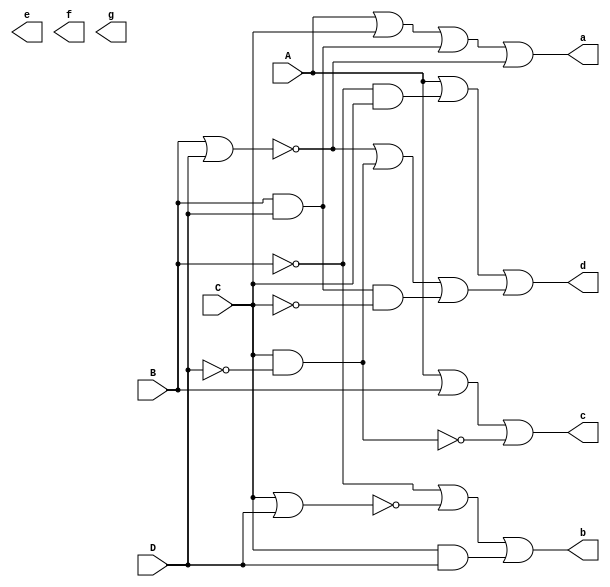
module segment (A,B,C,D,a,b,c,d,e,f,g);
input A,B,C,D;
output wire a,b,c,d,e,f,g;
wire orAC, andBD, norBD;
wire notB, norCD, andCD;
wire orAB, nandCnotD;
wire notnandCnotD, oute, notC, andnotBC, andBCD, num1, num2; 

// output a
assign orAC = A | C;
assign andBD = B & D;
assign norBD = ~(B | D);
assign a = (orAC | andBD | norBD);

// output b
assign notB = ~B;
assign norCD = ~(C | D);
assign andCD = C & D;
assign b = (notB | norCD | andCD);

// output c

assign orAB = A | B;
assign nandCnotD = ~(C&~D);
assign c = (orAB | nandCnotD);

// output d
assign notC = ~C;
assign notnandCnotD = ~nandCnotD;
assign oute = norBD | notnandCnotD;
assign andBCD = andBD & notC;
assign andnotBC = notB & C;
assign num1 = A | andnotBC;
assign num2 = oute | andBCD;
assign d = num1 | num2;




endmodule